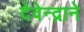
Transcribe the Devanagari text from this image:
देवेन्द्राने